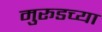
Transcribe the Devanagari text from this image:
मुरूडच्या